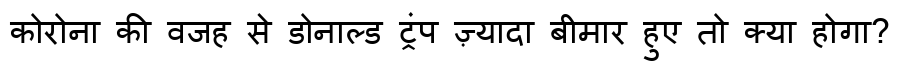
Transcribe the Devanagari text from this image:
कोरोना की वजह से डोनाल्ड ट्रंप ज़्यादा बीमार हुए तो क्या होगा?